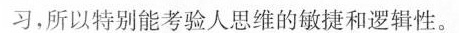
习，所以特别能考验人思维的敏捷和逻辑性。